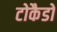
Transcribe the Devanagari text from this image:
टोकैडो